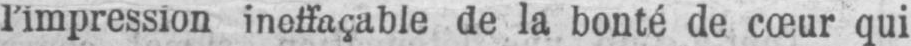
l’impression ineffaçable de la bonté de cœur qui